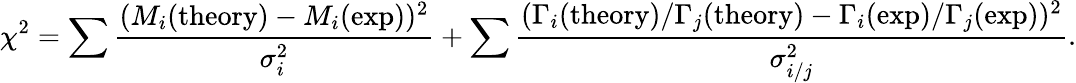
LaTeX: \chi^{2}=\sum\frac{(M_{i}(\mathrm{theory})-M_{i}(\mathrm{exp}))^{2}}{\sigma_{i}^{2}}+\sum\frac{(\Gamma_{i}(\mathrm{theory})/\Gamma_{j}(\mathrm{theory})-\Gamma_{i}(\mathrm{exp})/\Gamma_{j}(\mathrm{exp}))^{2}}{\sigma_{i/j}^{2}}.